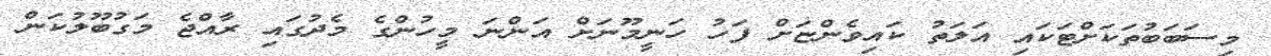
މިސަބަބުތަކަށްޓަކައި އަލަތު ކައިވެންޏަށް ފަހު ހަނީމޫނަށް އަންނަ މީހުންގެ މެދުގައި ރާއްޖެ މަގުބޫލުކަން